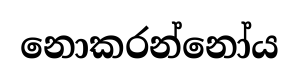
නොකරන්නෝය